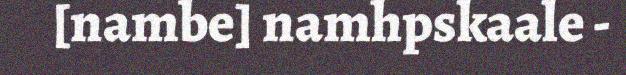
[nambe] namhpskaale -